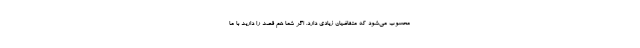
محسوب می‌شود که متقاضیان زیادی دارد. اگر شما هم قصد را دارید با ما